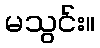
မသွင်း။